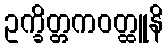
ဥက္ခိတ္တကဝတ္ထူနိ